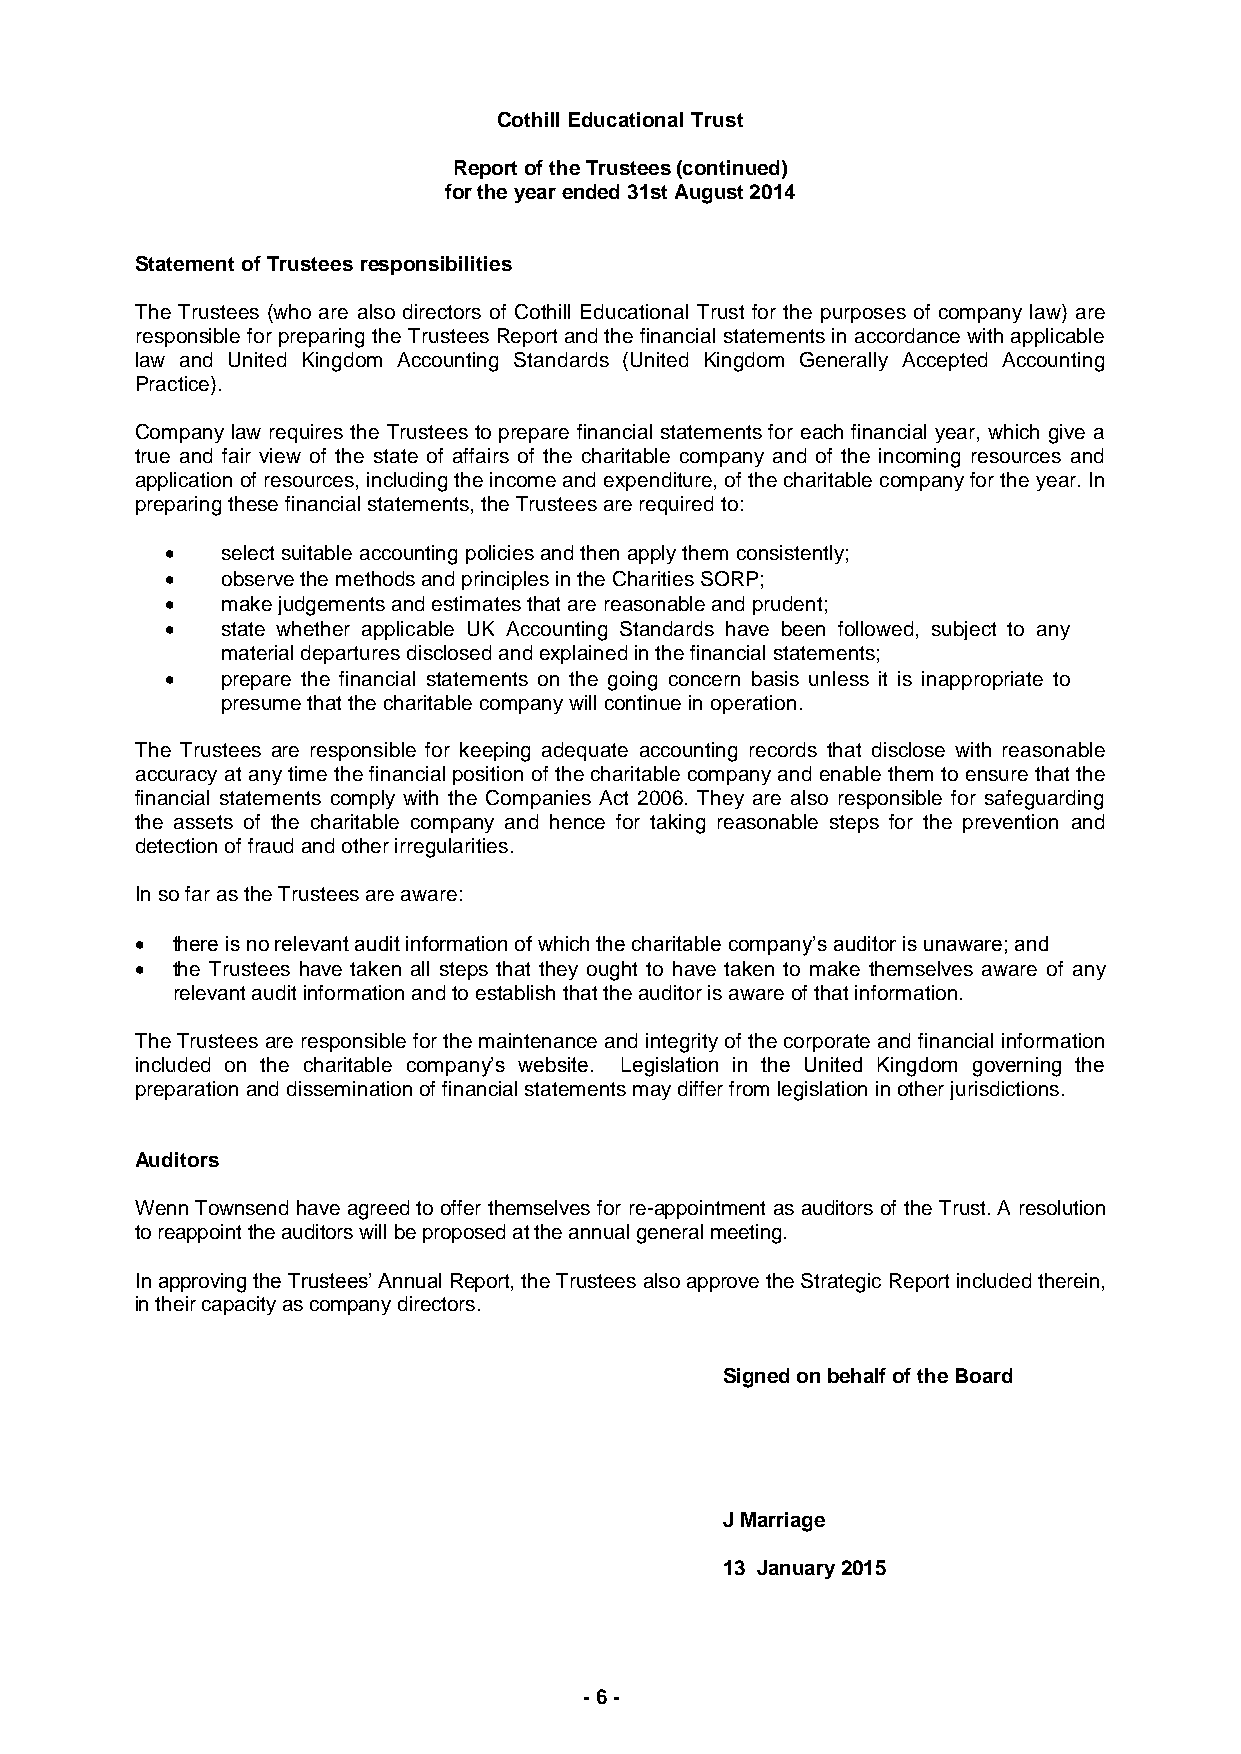
Cothill Educational Trust
 Report of the Trustees (continued)
 for the year ended 31st August 2014
 Statement of Trustees responsibilities
 The Trustees (who are also directors of Cothill Educational Trust for the purposes of company law) are
 responsible for preparing the Trustees Report and the financial statements in accordance with applicable
 law and United Kingdom Accounting Standards (United Kingdom Generally Accepted Accounting
 Practice).
 Company law requires the Trustees to prepare financial statements for each financial year, which give a
 true and fair view of the state of affairs of the charitable company and of the incoming resources and
 application of resources, including the income and expenditure, of the charitable company for the year. In
 preparing these financial statements, the Trustees are required to:
    select suitable accounting policies and then apply them consistently;
    observe the methods and principles in the Charities SORP;
    make judgements and estimates that are reasonable and prudent;
    state whether applicable UK Accounting Standards have been followed, subject to any
 material departures disclosed and explained in the financial statements;
    prepare the financial statements on the going concern basis unless it is inappropriate to
 presume that the charitable company will continue in operation.
 The Trustees are responsible for keeping adequate accounting records that disclose with reasonable
 accuracy at any time the financial position of the charitable company and enable them to ensure that the
 financial statements comply with the Companies Act 2006. They are also responsible for safeguarding
 the assets of the charitable company and hence for taking reasonable steps for the prevention and
 detection of fraud and other irregularities.
 In so far as the Trustees are aware:
  there is no relevant audit information of which the charitable company’s auditor is unaware; and
  the Trustees have taken all steps that they ought to have taken to make themselves aware of any
 relevant audit information and to establish that the auditor is aware of that information.
 The Trustees are responsible for the maintenance and integrity of the corporate and financial information
 included on the charitable company’s website. Legislation in the United Kingdom governing the
 preparation and dissemination of financial statements may differ from legislation in other jurisdictions.
 Auditors
 Wenn Townsend have agreed to offer themselves for re-appointment as auditors of the Trust. A resolution
 to reappoint the auditors will be proposed at the annual general meeting.
 In approving the Trustees’ Annual Report, the Trustees also approve the Strategic Report included therein,
 in their capacity as company directors.
 Signed on behalf of the Board
 J Marriage
 13 January 2015
 - 6 -